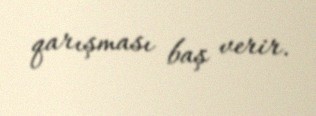
qarışması baş verir.